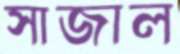
সাজাল